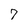
Character: 7